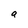
Character: a